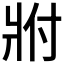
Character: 𬌀